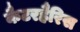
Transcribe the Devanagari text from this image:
कैटरहैरिस